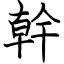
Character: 幹